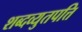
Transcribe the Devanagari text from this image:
शब्दव्युतपत्ति